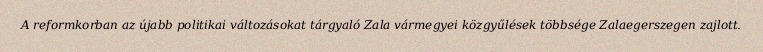
A reformkorban az újabb politikai változásokat tárgyaló Zala vármegyei közgyűlések többsége Zalaegerszegen zajlott.